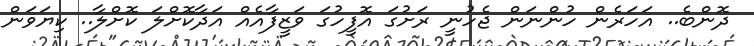
ދޮންބެ.. އަހަރެން ހުންނަން ޖެހުނީ ރަށުގަ އޮފީހުގަ ވަޒީފާއެއް އަދާކޮށްލަ ކޮށްލާ.. ކިޔަވަން